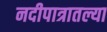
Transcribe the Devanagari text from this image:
नदीपात्रातल्या